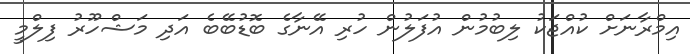
އިމްރާނަށް ކުއްޖަކު ލިބުމުން އުފަލުން ހުރި އޭނާގެ ބޮޑުބޭބެ އަދި މަޝްހޫރު ފިލްމީ